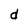
Character: d